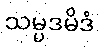
သမ္ပဒမိဒံ